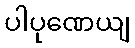
ပါပုဏေယျ